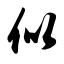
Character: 似